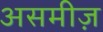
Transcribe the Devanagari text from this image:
असमीज़